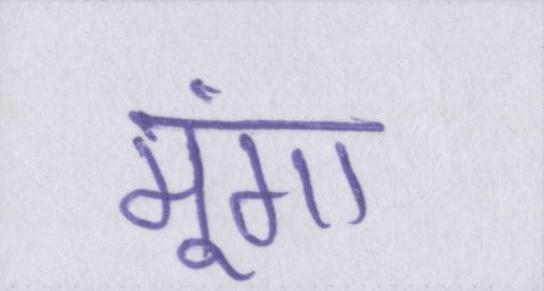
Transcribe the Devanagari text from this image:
मूंगा